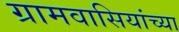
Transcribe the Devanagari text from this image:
ग्रामवासियांच्या